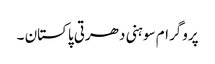
پروگرام سوہنی دھرتی پاکستان ۔